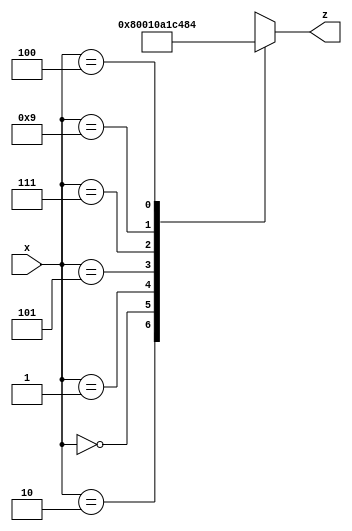
module hexto7segment (
     input  [3:0]x,
	  output reg[6:0]z
	  );
	  
	 
	  always@*
	  case(x)
	  4'b0010 :            //Hexadecimal 2
	       z = 7'b0000010;
	  4'b0000 :            //Hexadecimal 0
	       z = 7'b0000000;	 
	  4'b0001 :            //Hexadecimal 1
	       z = 7'b0000001;	
	  4'b0101 :            //Hexadecimal 5
	       z = 7'b0000101;	
	  4'b0010 :            //Hexadecimal 2
	       z = 7'b0000010;
	  4'b0111 :            //Hexadecimal 7
	       z = 7'b0000111;
	  4'b1001 :            //Hexadecimal 9
	       z = 7'b0001001;	
	  4'b0100 :            //Hexadecimal 4
	       z = 7'b0000100;	
	   4'b1001 :            //Hexadecimal 9
	       z = 7'b0001001;
	   default :           //default
          z = 7'bxxxxxxx;		

endcase	
	
	endmodule